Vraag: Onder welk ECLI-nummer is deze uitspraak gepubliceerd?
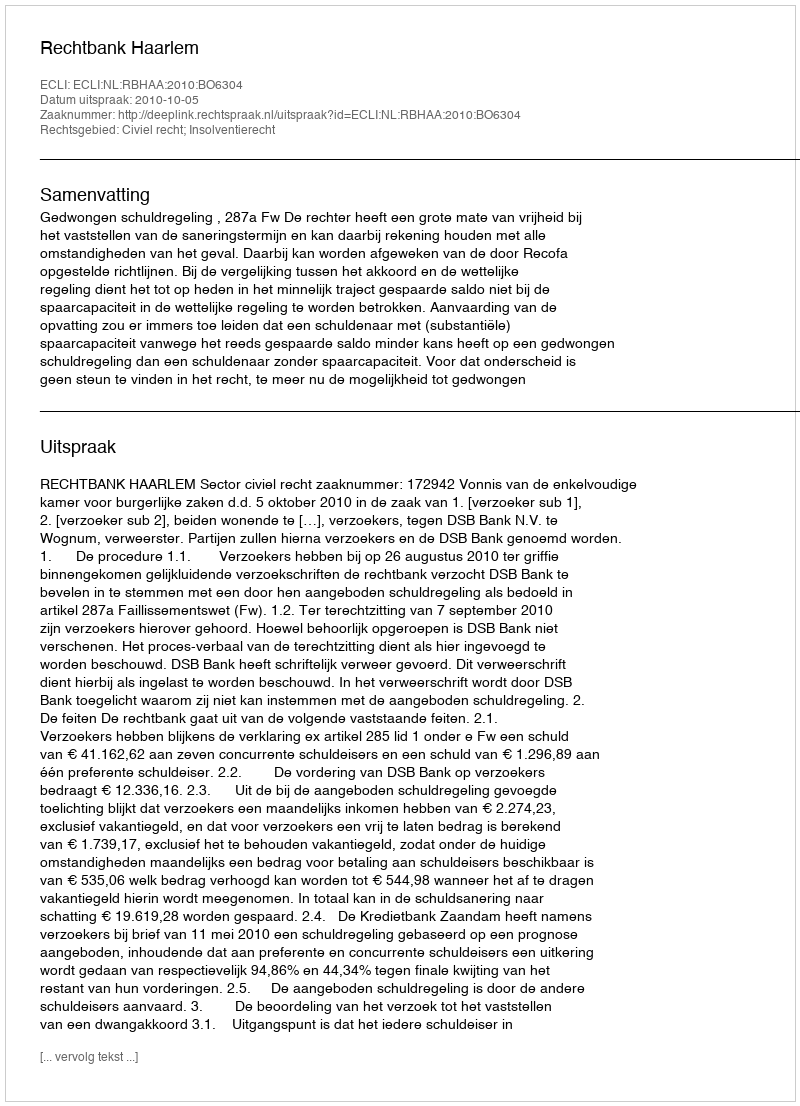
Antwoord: ECLI:NL:RBHAA:2010:BO6304